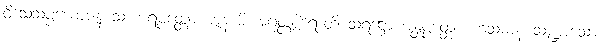
ဝိသေသပ္ပယောဇနံ သက္ကာရပ္ပတ္တော ဇာနာမိ အဂုတ္တဒွါရောတိ သရဋ္ဌော အန္တပ္ပတ္တော ဟသမာနံ သဏ္ဍာသော